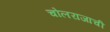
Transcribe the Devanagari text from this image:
चोलराजाची